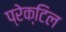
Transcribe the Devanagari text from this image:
प्रेक्टिल